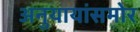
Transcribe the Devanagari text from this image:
अनुयायांसमोर